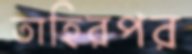
তাহিরপর